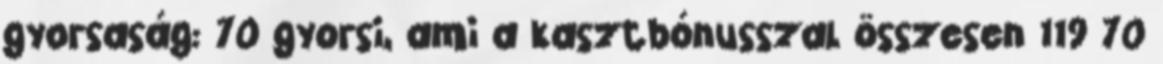
gyorsaság: 70 gyorsi, ami a kasztbónusszal összesen 119 70